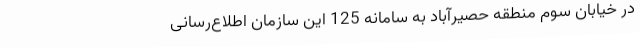
در خیابان سوم منطقه حصیرآباد به سامانه 125 این سازمان اطلاع‌رسانی